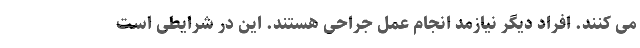
می کنند. افراد دیگر نیازمد انجام عمل جراحی هستند. این در شرایطی است